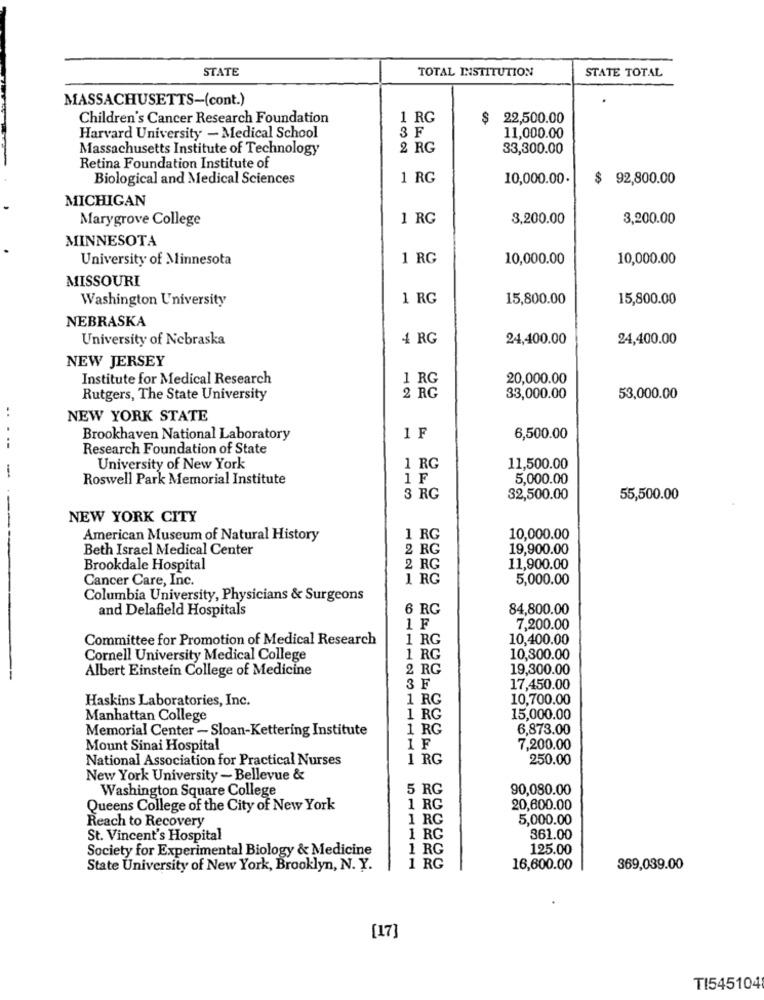
STATE
TOTAL INSTITUTION
STATE TOTAL
MASSACHUSETTS-(cont.)
Children's Cancer Research Foundation
1 RG
$ 22,500.00
3F
Harvard University - Medical School
11,000.00
Massachusetts Institute of Technology
2 RG
33,300.00
Retina Foundation Institute of
Biological and Medical Sciences
1 RG
10,000.00.
$ 92,800.00
MICHIGAN
Marygrove College
1 RG
3,200.00
3,200.00
MINNESOTA
University of Minnesota
1 RG
10,000.00
10,000.00
MISSOURI
Washington University
1 RG
15,800.00
15,800.00
NEBRASKA
University of Nebraska
4 RG
24,400.00
24,400.00
NEW JERSEY
Institute for Medical Research
1 RG
20,000.00
Rutgers, The State University
2 RG
33,000.00
53,000.00
..
NEW YORK STATE
Brookhaven National Laboratory
1 F
6,500.00
Research Foundation of State
University of New York
1 RG
11,500.00
--
Roswell Park Memorial Institute
1 F
5,000.00
3 RG
32,500.00
55,500.00
NEW YORK CITY
American Museum of Natural History
1 RG
10,000.00
Beth Israel Medical Center
2 RG
19,900.00
Brookdale Hospital
2 RG
11,900.00
Cancer Care, Inc.
1 RG
5,000.00
Columbia University, Physicians & Surgeons
and Delafield Hospitals
6 RG
84,800.00
1F
7,200.00
Committee for Promotion of Medical Research
1 RG
10,400.00
Cornell University Medical College
1 RG
10,300.00
Albert Einstein College of Medicine
2 RG
19,300.00
3F
17,450.00
Haskins Laboratories, Inc.
1 RG
10,700.00
Manhattan College
1 RG
15,000.00
Memorial Center - Sloan-Kettering Institute
1 RG
6,873.00
Mount Sinai Hospital
1F
7,200.00
National Association for Practical Nurses
1 RG
250.00
New York University - Bellevue &
Washington Square College
5 RG
90,080.00
Queens College of the City of New York
1 RG
20,600.00
Reach to Recovery
1 RG
5,000.00
St. Vincent's Hospital
1 RG
361.00
Society for Experimental Biology & Medicine
1 RG
125.00
State University of New York, Brooklyn, N. Y.
1 RG
16,600.00
369,039.00
[17]
TI545104